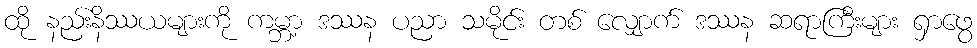
ထို နည်းနိဿယများကို ကမ္ဘာ့ ဒဿန ပညာ သမိုင်း တစ် လျှောက် ဒဿန ဆရာကြီးများ ရှာဖွေ